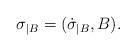
LaTeX: \begin{align*}\sigma_{\vert B}=(\dot{\sigma}_{\vert B},B).\end{align*}